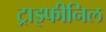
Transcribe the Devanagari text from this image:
ट्राइफीनिल